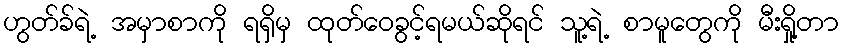
ဟွတ်ခ်ရဲ့ အမှာစာကို ရရှိမှ ထုတ်ဝေခွင့်ရမယ်ဆိုရင် သူ့ရဲ့ စာမူတွေကို မီးရှို့တာ